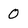
Character: 0